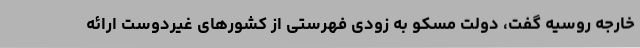
خارجه روسیه گفت، دولت مسکو به زودی فهرستی از کشورهای غیردوست ارائه